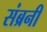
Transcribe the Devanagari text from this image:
संब्रनी